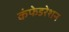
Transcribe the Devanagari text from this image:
कंफेडरेशन